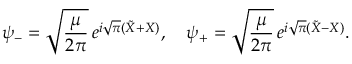
\psi _ { - } = \sqrt { { \frac { \mu } { 2 \pi } } } \, e ^ { i \sqrt { \pi } ( \tilde { X } + X ) } , \quad \psi _ { + } = \sqrt { { \frac { \mu } { 2 \pi } } } \, e ^ { i \sqrt { \pi } ( \tilde { X } - X ) } .